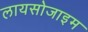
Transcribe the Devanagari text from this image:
लायसोजाइम